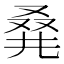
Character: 𠭌